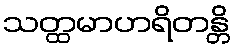
သတ္ထမာဟရိတန္တိ